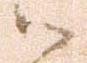
御